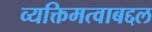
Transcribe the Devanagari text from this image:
व्यक्तिमत्वाबद्दल